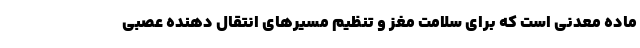
ماده معدنی است که برای سلامت مغز و تنظیم مسیرهای انتقال دهنده عصبی